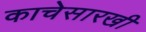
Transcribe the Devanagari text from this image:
काचेसारखी